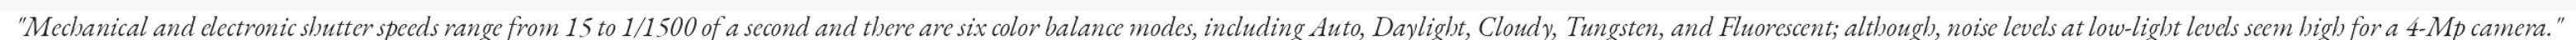
"Mechanical and electronic shutter speeds range from 15 to 1/1500 of a second and there are six color balance modes, including Auto, Daylight, Cloudy, Tungsten, and Fluorescent; although, noise levels at low-light levels seem high for a 4-Mp camera."